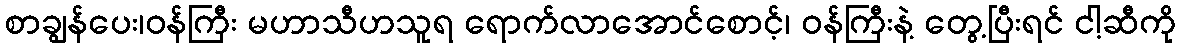
စာချွန်ပေး၊ဝန်ကြီး မဟာသီဟသူရ ရောက်လာအောင်စောင့်၊ ဝန်ကြီးနဲ့ တွေ့ပြီးရင် ငါ့ဆီကို